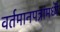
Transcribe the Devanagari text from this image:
वर्तमानपत्रांमध्यॆ